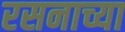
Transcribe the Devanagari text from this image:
रसनाच्या